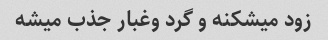
زود میشکنه و گرد وغبار جذب میشه